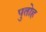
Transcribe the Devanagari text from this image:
पुतोह